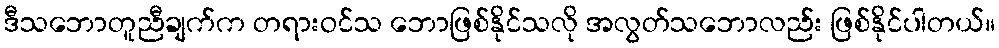
ဒီသဘောတူညီချက်က တရားဝင်သ ဘောဖြစ်နိုင်သလို အလွတ်သဘောလည်း ဖြစ်နိုင်ပါတယ်။